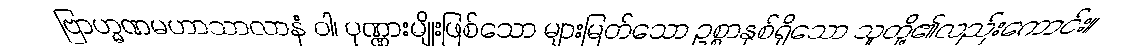
ဗြာဟ္မဏမဟာသာလာနံ ဝါ၊ ပုဏ္ဏားမျိုးဖြစ်သော များမြတ်သော ဥစ္စာနှစ်ရှိသော သူတို့၏လည်းကောင်း။